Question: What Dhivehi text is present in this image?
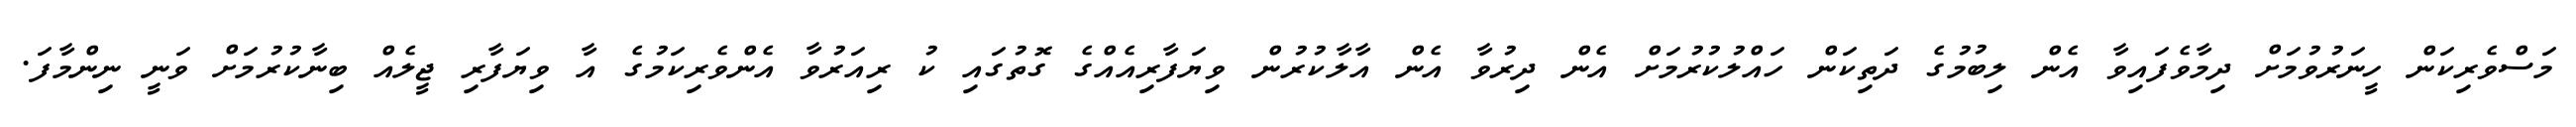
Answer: މަސްވެރިކަން ހީނަރުވުމަށް ދިމާވެފައިވާ އެން ލިބުމުގެ ދަތިކަން ހައްލުކުރުމަށް އެން ދިރުވާ އެން އާލާކުރުން ވިޔަފާރިއެއްގެ ގޮތުގައި ކު ރިއަރުވާ އެންވެރިކަމުގެ އާ ވިޔަފާރި ޖީލެއް ބިނާކުރުމަށް ވަނީ ނިންމާފަ.